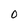
Character: O